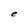
Character: e